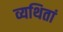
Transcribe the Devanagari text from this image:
व्यथितां